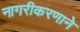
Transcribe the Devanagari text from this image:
नागरीकरणाने